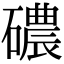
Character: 䃩